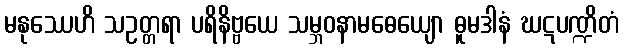
မနုဿေဟိ သဥတ္တရာ ပရိနိဗ္ဗယေ သမ္ဘဝနာမဓေယျော ဓူမဒါနံ ဃဋပဏ္ဍိတံ